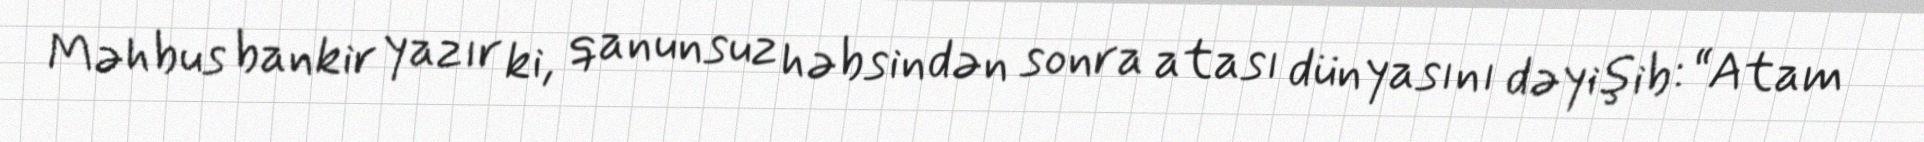
Məhbus bankir yazır ki, qanunsuz həbsindən sonra atası dünyasını dəyişib: “Atam